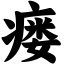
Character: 瘘